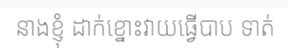
នាងខ្ញុំ ដាក់ខ្នោះវាយធ្វើបាប ទាត់